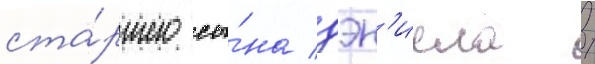
ста́ршего сы́на дэн'иела /